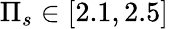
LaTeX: \Pi_{s}\in[2.1,2.5]